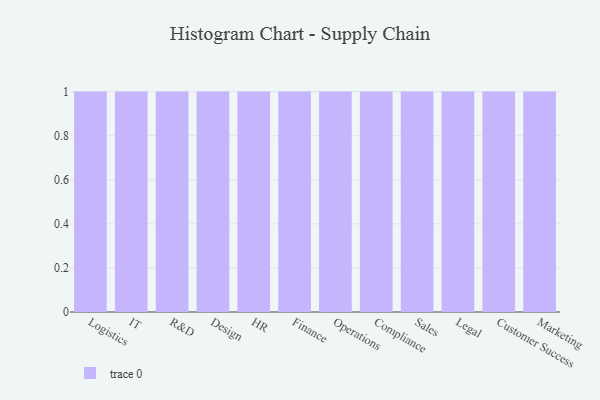
{"axis": {"x": "Department", "y": "Net Income (USD K)"}, "legend": [""], "data": [{"x": "Logistics", "y": 88, "type": ""}, {"x": "IT", "y": 86, "type": ""}, {"x": "R&D", "y": 14, "type": ""}, {"x": "Design", "y": 78, "type": ""}, {"x": "HR", "y": 77, "type": ""}, {"x": "Finance", "y": 24, "type": ""}, {"x": "Operations", "y": 91, "type": ""}, {"x": "Compliance", "y": 23, "type": ""}, {"x": "Sales", "y": 45, "type": ""}, {"x": "Legal", "y": 6, "type": ""}, {"x": "Customer Success", "y": 6, "type": ""}, {"x": "Marketing", "y": 50, "type": ""}]}